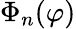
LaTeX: \Phi_{n}(\varphi)